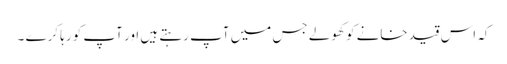
کہ اس قید خانے کو کھولے جس میں آپ رہتے ہیں اور آپ کو رہا کرے ۔